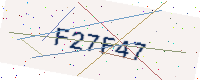
Text: F27F47